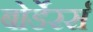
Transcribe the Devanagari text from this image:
बोर्डेरर्स